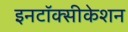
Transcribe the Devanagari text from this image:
इनटॉक्सीकेशन